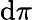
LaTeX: \mathrm{d}\pi